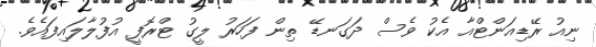
ނިއު ރޭޑިއަންޓްއާ އެކު ވެސް ދަގަނޑޭ ތިން ފަހަރު ލީގު ޓްރޮފީ އުފުލާލައިފައެވެ.